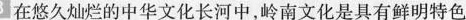
8 在悠久灿烂的中华文化长河中，岭南文化是具有鲜明特色